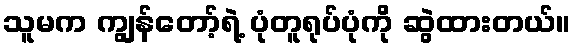
သူမက ကျွန်တော့်ရဲ့ ပုံတူရုပ်ပုံကို ဆွဲထားတယ်။